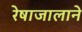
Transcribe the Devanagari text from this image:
रेषाजालाने